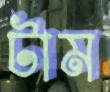
টাম